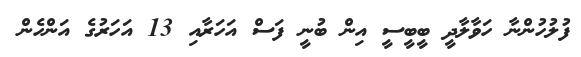
ފުލުހުންނާ ހަވާލާދީ ބީބީސީ އިން ބުނީ ފަސް އަހަރާއި 13 އަހަރުގެ އަންހެން